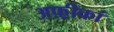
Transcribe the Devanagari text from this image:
अफ़्रीकां